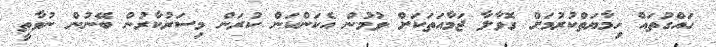
ހައްގުތައް ހިމާޔަތްކުރުމަށް ގޮވާލާ ޖަމާއަތަކަށް ވުމުން އެކަންކަން ކުރަން މިސަރުކާރުން ބޭނުން ނުވާތީ